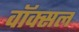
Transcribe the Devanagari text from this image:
वॉक्‍सल